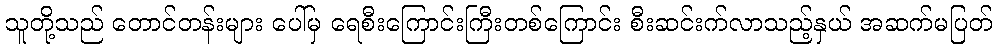
သူတို့သည် တောင်တန်းများ ပေါ်မှ ရေစီးကြောင်းကြီးတစ်ကြောင်း စီးဆင်းက်လာသည့်နှယ် အဆက်မပြတ်